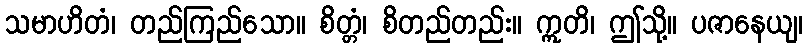
သမာဟိတံ၊ တည်ကြည်သော။ စိတ္တံ၊ စိတည်တည်း။ ဣတိ၊ ဤသို့။ ပဇာနေယျ၊